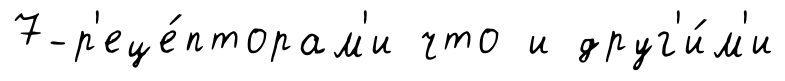
7-р'еце́пторам'и что и друг'и́м'и